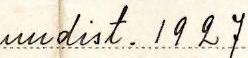
uudist. 1927